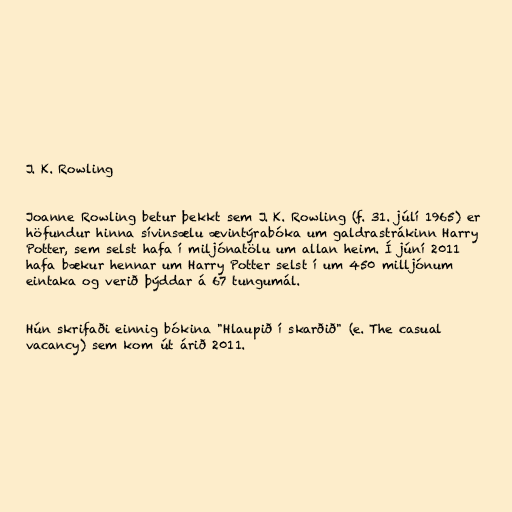
J. K. Rowling

Joanne Rowling betur þekkt sem J. K. Rowling (f. 31. júlí 1965) er
höfundur hinna sívinsælu ævintýrabóka um galdrastrákinn Harry
Potter, sem selst hafa í miljónatölu um allan heim. Í júní 2011
hafa bækur hennar um Harry Potter selst í um 450 milljónum
eintaka og verið þýddar á 67 tungumál.

Hún skrifaði einnig bókina "Hlaupið í skarðið" (e. The casual
vacancy) sem kom út árið 2011.